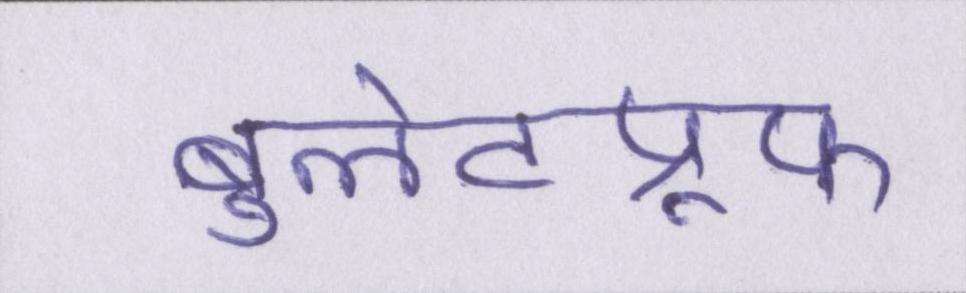
बुलेटप्रूफ